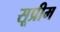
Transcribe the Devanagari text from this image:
सूप्रीम